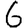
Digit: 6